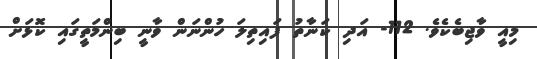
މިއީ ވާޖިބެކެވެ. 112- އަދި ކަނާތު ފައިތިލަ ހުންނަން ވާނީ ބިންމަތީގައި ކޮޅަށް